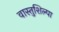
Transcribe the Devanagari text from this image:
वास्तुशिल्पा